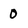
Character: 0